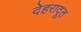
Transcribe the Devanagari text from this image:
देहरादूत